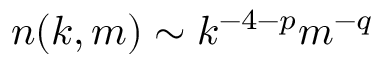
n ( k , m ) \sim k ^ { - 4 - p } m ^ { - q }